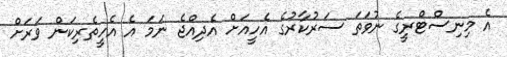
އެ މިނިސްޓްރީގެ ނުވަތަ ސަރުކާރުގެ އެހީއަށް އެދިއްޖެ ނަމަ އެ އެހީތެރިކަން ވަރަށް